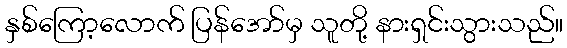
နှစ်ကြော့လောက် ပြန်အော်မှ သူတို့ နားရှင်းသွားသည်။